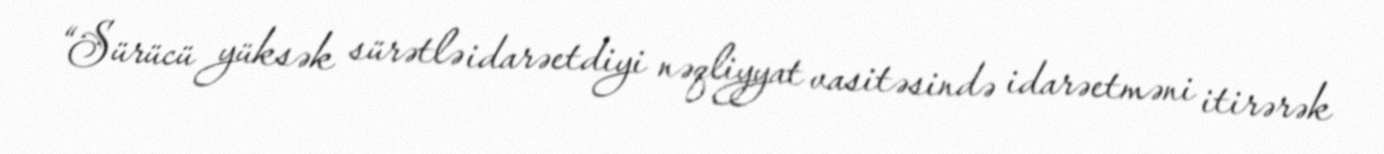
“Sürücü yüksək sürətlə idarəetdiyi nəqliyyat vasitəsində idarəetməni itirərək